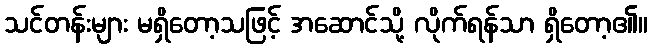
သင်တန်းများ မရှိတော့သဖြင့် အဆောင်သို့ လိုက်ရန်သာ ရှိတော့၏။